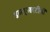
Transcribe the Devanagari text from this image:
डब्लूआरटीवी